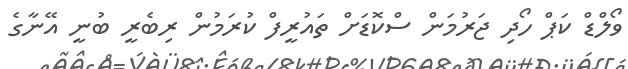
ވޯލްޑް ކަޕް ހޯދި ޖަރުމަން ސްކޮޑަށް ތައުރީފް ކުރަމުން ރިބެރީ ބުނީ އޭނާގެ